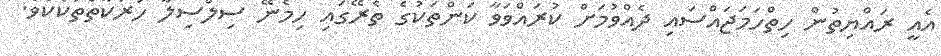
އެއީ ރައްޔިތުން ހިތްހަމަޖައްސައި ދެއްވުމަށް ކުރައްވަވާ ކަންތަކުގެ ތެރޭގައި ހިމެނޭ ސިލްސިލާ ހަރަކާތްތަކެކެވެ.